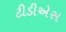
ટીડીએસ